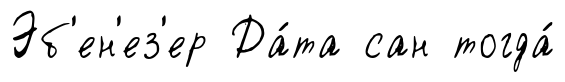
Эб'ен'ез'ер Да́та сан тогда́